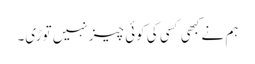
ہم نے کبھی کسی کی کوئی چیز نہیں توڑی۔